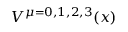
V ^ { \mu = 0 , 1 , 2 , 3 } ( x )